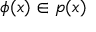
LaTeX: \phi ( { \boldsymbol { x } } ) \in p ( { \boldsymbol { x } } )